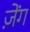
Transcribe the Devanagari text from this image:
ज़ेंग